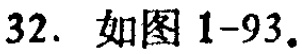
32. 如图 1-93.